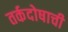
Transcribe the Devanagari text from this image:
तर्कदोषाची